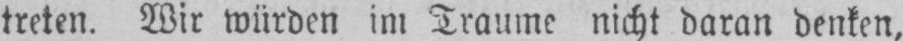
treten. Wir würden im Traume nicht daran denken,